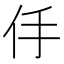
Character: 㐿